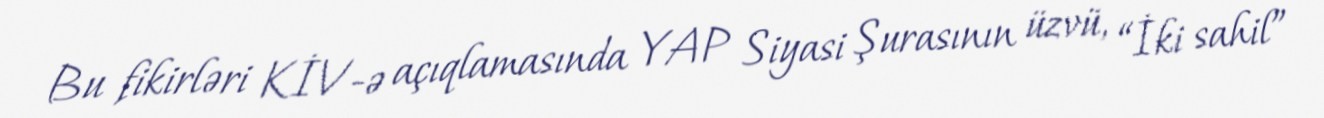
Bu fikirləri KİV-ə açıqlamasında YAP Siyasi Şurasının üzvü, “İki sahil”